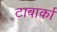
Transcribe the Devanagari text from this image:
टाबार्का